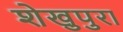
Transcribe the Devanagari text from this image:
शेखुपुरा